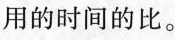
用的时间的比。